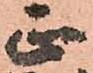
正